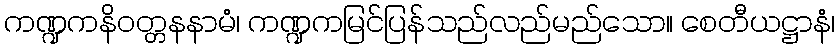
ကဏ္ဍကနိဝတ္တနနာမံ၊ ကဏ္ဍကမြင်ပြန်သည်လည်မည်သော။ စေတီယဋ္ဌာနံ၊